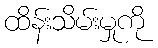
ထိန်းသိမ်းမှုကို